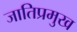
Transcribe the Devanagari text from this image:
जातिप्रमुख